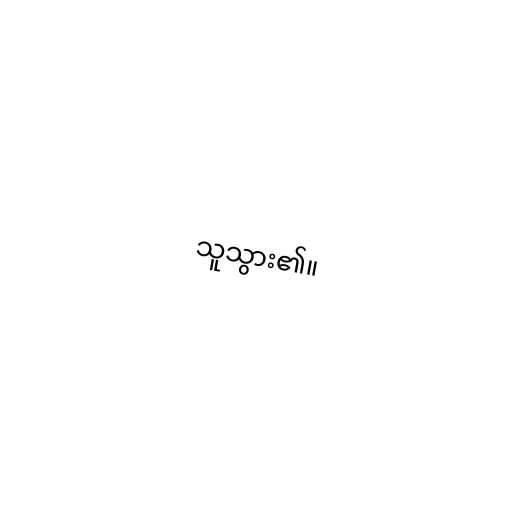
သူသွား၏။